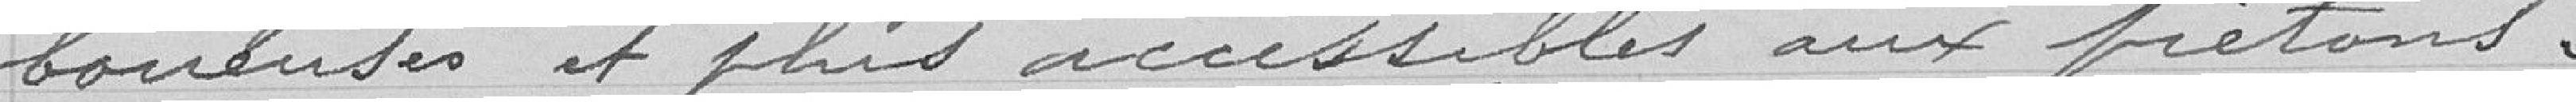
boueuses et plus accessibles aux piétons.